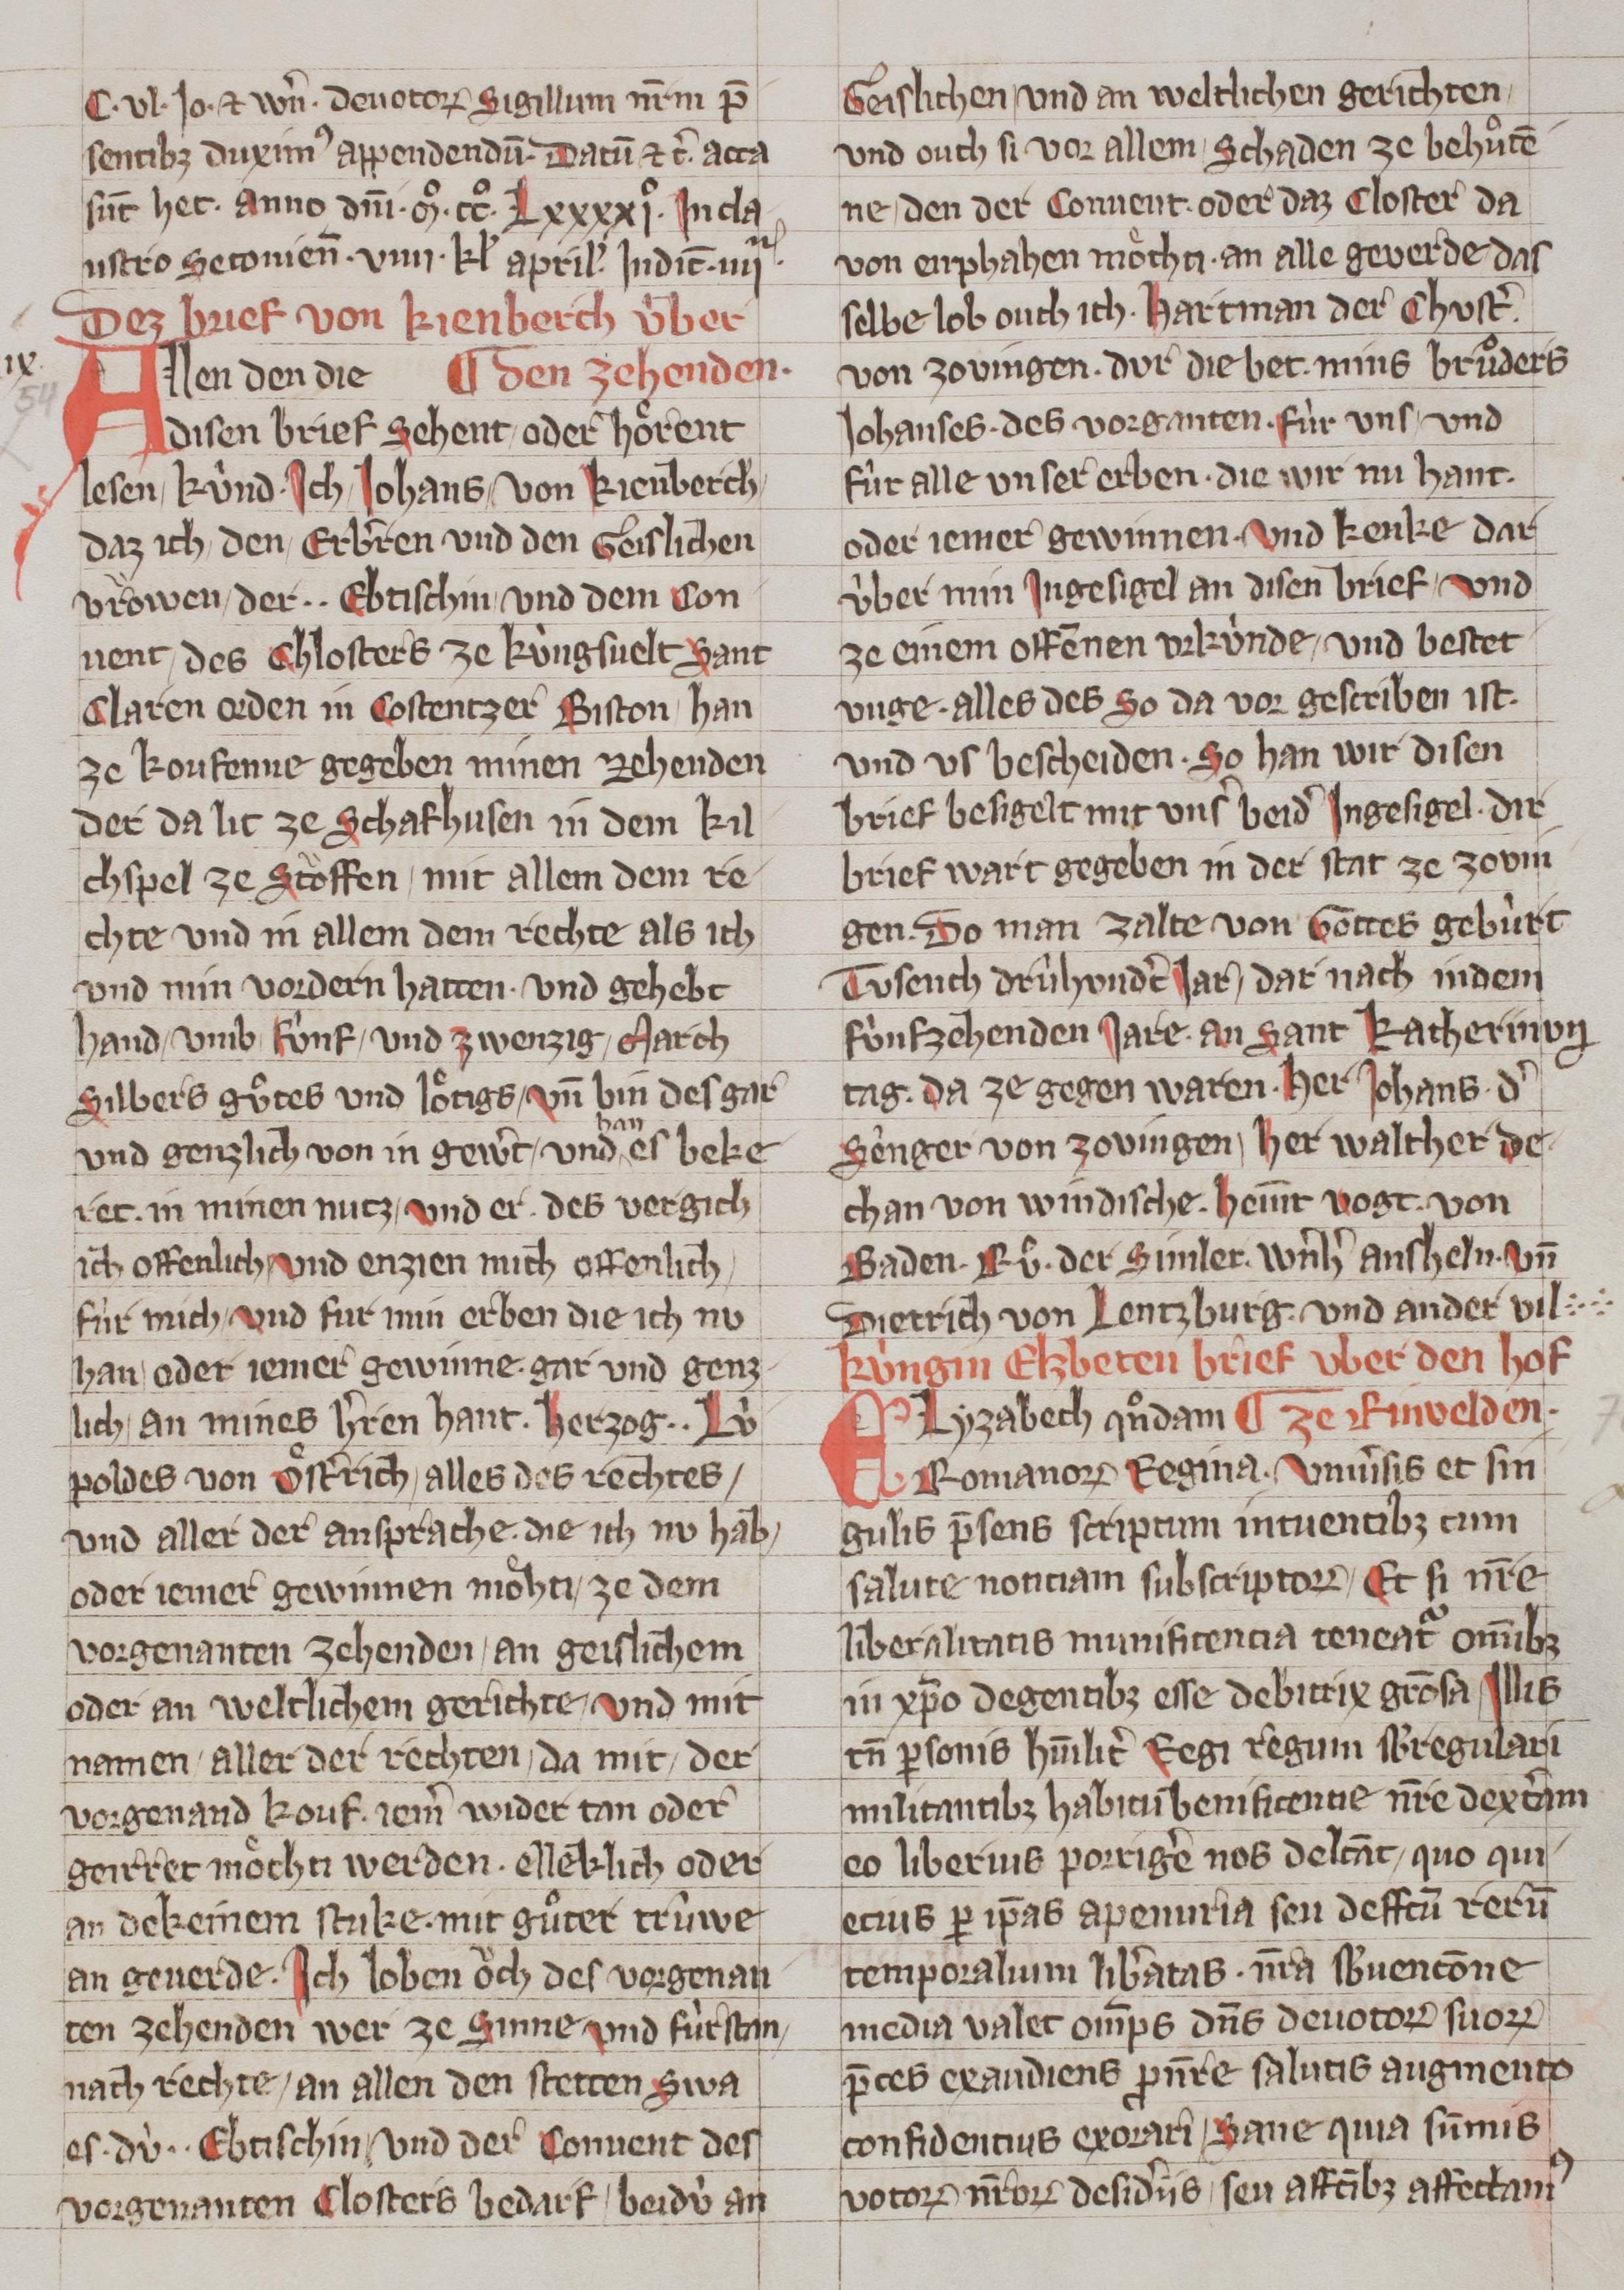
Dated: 1320–1345